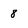
Character: 8